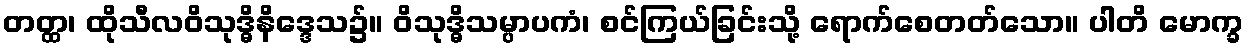
တတ္ထ၊ ထိုသီလဝိသုဒ္ဓိနိဒ္ဒေသ၌။ ဝိသုဒ္ဓိသမ္ပာပကံ၊ စင်ကြယ်ခြင်းသို့ ရောက်စေတတ်သော။ ပါတိ မောက္ခ